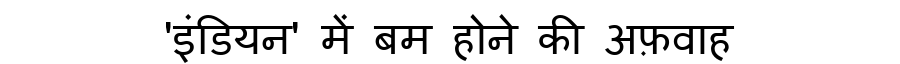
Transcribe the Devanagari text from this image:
'इंडियन' में बम होने की अफ़वाह